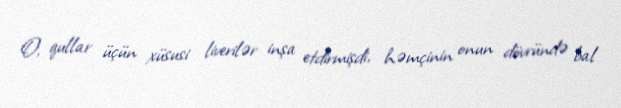
O, qullar üçün xüsusi liverilər inşa etdirmişdi, həmçinin onun dövründə bal